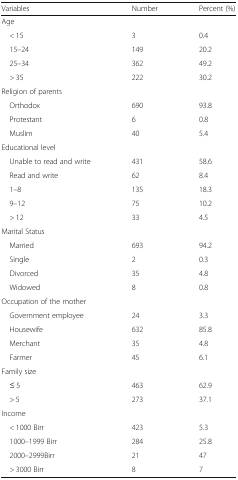
| Variables | Number | Percent (%) |
 | --- | --- | --- |
 | <COLSPAN=3> Age |
 | < 15 | 3 | 0.4 |
 | 15–24 | 149 | 20.2 |
 | 25–34 | 362 | 49.2 |
 | > 35 | 222 | 30.2 |
 | <COLSPAN=3> Religion of parents |
 | Orthodox | 690 | 93.8 |
 | Protestant | 6 | 0.8 |
 | Muslim | 40 | 5.4 |
 | <COLSPAN=3> Educational level |
 | Unable to read and write | 431 | 58.6 |
 | Read and write | 62 | 8.4 |
 | 1–8 | 135 | 18.3 |
 | 9–12 | 75 | 10.2 |
 | > 12 | 33 | 4.5 |
 | <COLSPAN=3> Marital Status |
 | Married | 693 | 94.2 |
 | Single | 2 | 0.3 |
 | Divorced | 35 | 4.8 |
 | Widowed | 8 | 0.8 |
 | <COLSPAN=3> Occupation of the mother |
 | Government employee | 24 | 3.3 |
 | Housewife | 632 | 85.8 |
 | Merchant | 35 | 4.8 |
 | Farmer | 45 | 6.1 |
 | <COLSPAN=3> Family size |
 | ≤ 5 | 463 | 62.9 |
 | > 5 | 273 | 37.1 |
 | <COLSPAN=3> Income |
 | < 1000 Birr | 423 | 5.3 |
 | 1000–1999 Birr | 284 | 25.8 |
 | 2000–2999Birr | 21 | 47 |
 | > 3000 Birr | 8 | 7 |